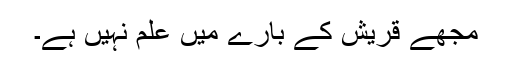
مجھے قریش کے بارے میں علم نہیں ہے۔